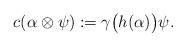
LaTeX: \begin{align*}c(\alpha\otimes\psi) &:= \gamma\big(h(\alpha)\big)\psi .\end{align*}